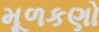
મૂળકણો